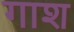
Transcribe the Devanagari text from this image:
गाश